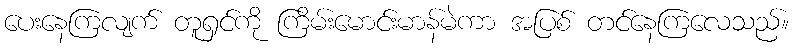
ပေးနေကြလျက် တူရှင်ကို ကြိမ်းမောင်းမာန်မဲကာ အပြစ် တင်နေကြလေသည်။